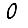
Digit: 0